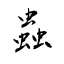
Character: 蟲